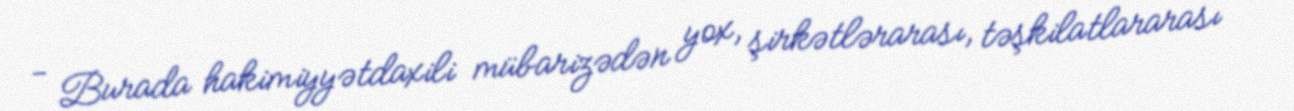
- Burada hakimiyyətdaxili mübarizədən yox, şirkətlərarası, təşkilatlararası